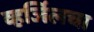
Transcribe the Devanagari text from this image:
व्हर्जिलचा